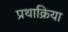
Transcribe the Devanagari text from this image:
प्रथाक्रिया